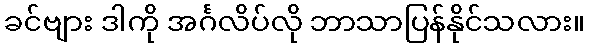
ခင်ဗျား ဒါကို အင်္ဂလိပ်လို ဘာသာပြန်နိုင်သလား။